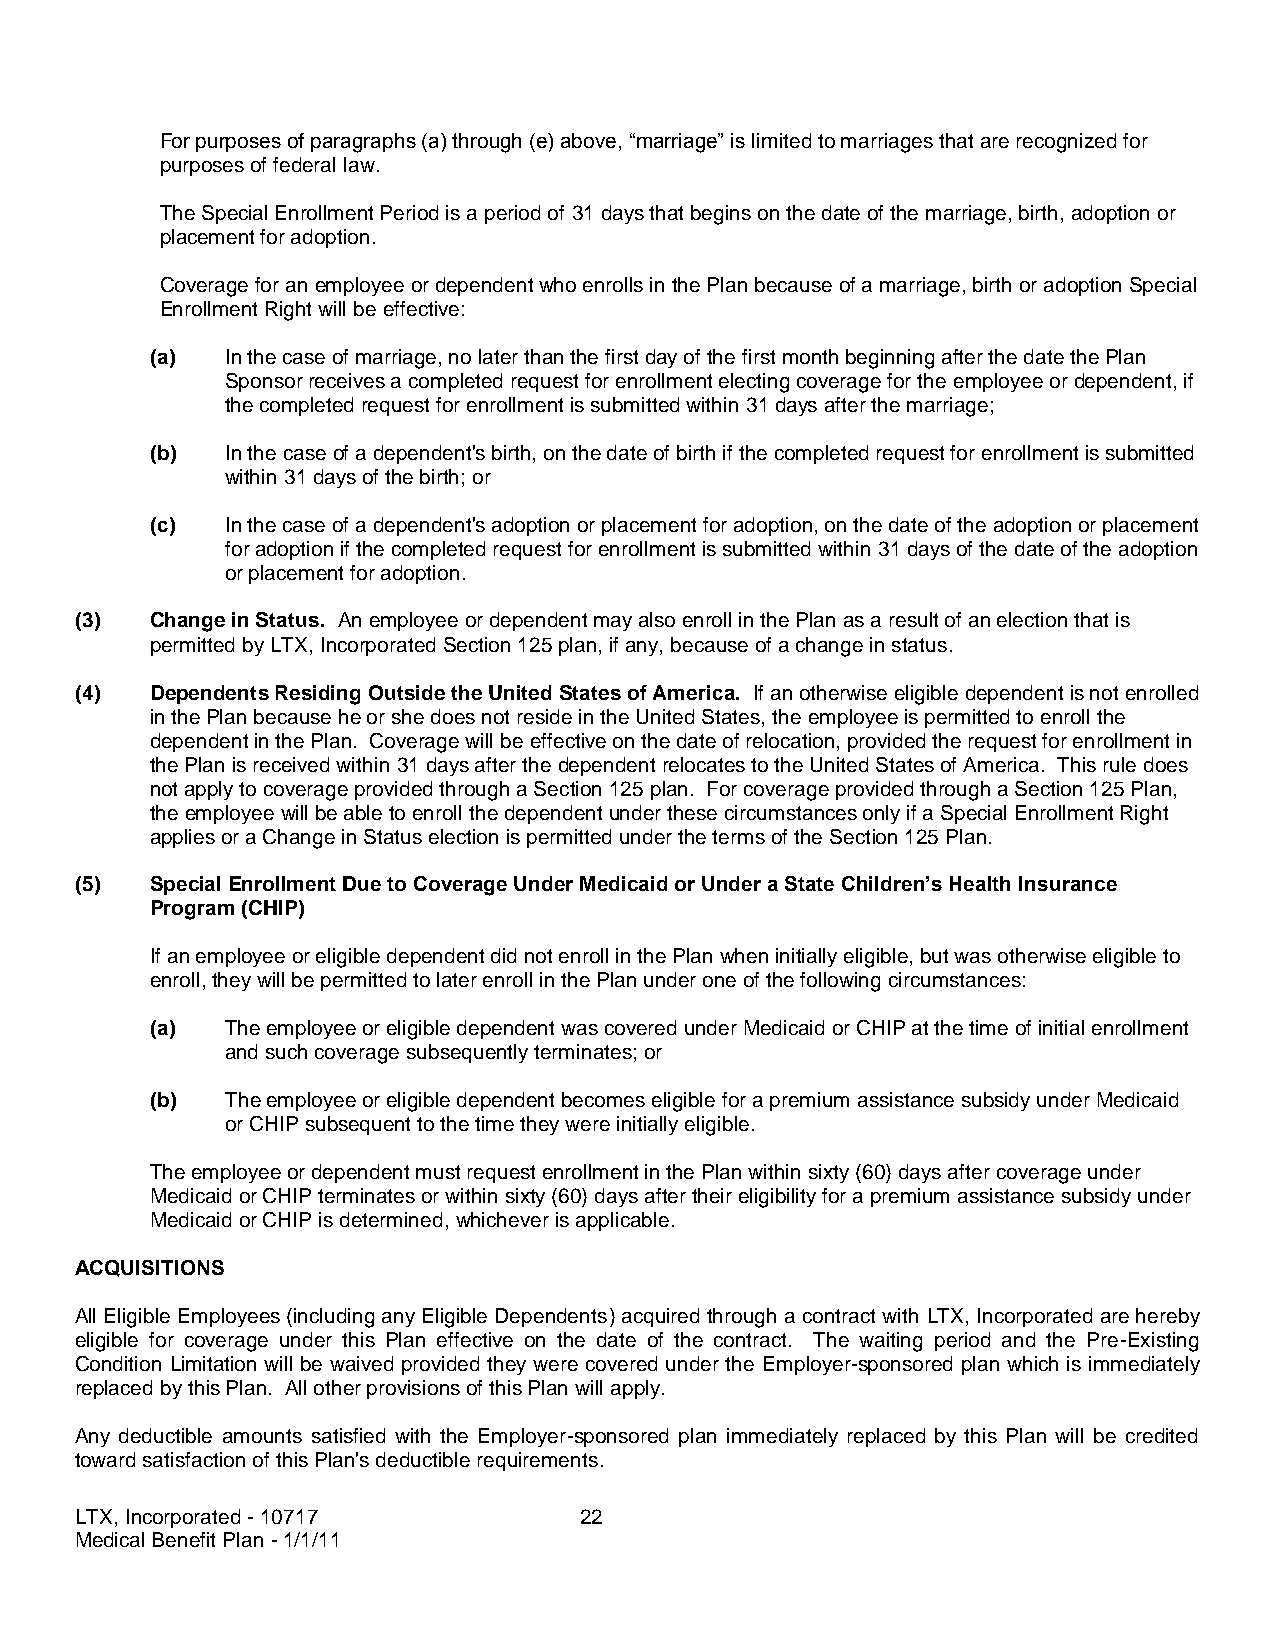
For purposes of paragraphs (a) through (e) above, “marriage” is limited to marriages that are recognized for
 purposes of federal law.
 The Special Enrollment Period is a period of 31 days that begins on the date of the marriage, birth, adoption or
 placement for adoption.
 Coverage for an employee or dependent who enrolls in the Plan because of a marriage, birth or adoption Special
 Enrollment Right will be effective:
 (a)  In the case of marriage, no later than the first day of the first month beginning after the date the Plan
 Sponsor receives a completed request for enrollment electing coverage for the employee or dependent, if
 the completed request for enrollment is submitted within 31 days after the marriage;
 (b)  In the case of a dependent's birth, on the date of birth if the completed request for enrollment is submitted
 within 31 days of the birth; or
 (c)  In the case of a dependent's adoption or placement for adoption, on the date of the adoption or placement
 for adoption if the completed request for enrollment is submitted within 31 days of the date of the adoption
 or placement for adoption.
 (3)  Change in Status. An employee or dependent may also enroll in the Plan as a result of an election that is
 permitted by LTX, Incorporated Section 125 plan, if any, because of a change in status.
 (4)  Dependents Residing Outside the United States of America. If an otherwise eligible dependent is not enrolled
 in the Plan because he or she does not reside in the United States, the employee is permitted to enroll the
 dependent in the Plan. Coverage will be effective on the date of relocation, provided the request for enrollment in
 the Plan is received within 31 days after the dependent relocates to the United States of America. This rule does
 not apply to coverage provided through a Section 125 plan. For coverage provided through a Section 125 Plan,
 the employee will be able to enroll the dependent under these circumstances only if a Special Enrollment Right
 applies or a Change in Status election is permitted under the terms of the Section 125 Plan.
 (5)  Special Enrollment Due to Coverage Under Medicaid or Under a State Children’s Health Insurance
 Program (CHIP)
 If an employee or eligible dependent did not enroll in the Plan when initially eligible, but was otherwise eligible to
 enroll, they will be permitted to later enroll in the Plan under one of the following circumstances:
 (a)  The employee or eligible dependent was covered under Medicaid or CHIP at the time of initial enrollment
 and such coverage subsequently terminates; or
 (b)  The employee or eligible dependent becomes eligible for a premium assistance subsidy under Medicaid
 or CHIP subsequent to the time they were initially eligible.
 The employee or dependent must request enrollment in the Plan within sixty (60) days after coverage under
 Medicaid or CHIP terminates or within sixty (60) days after their eligibility for a premium assistance subsidy under
 Medicaid or CHIP is determined, whichever is applicable.
 ACQUISITIONS
 All Eligible Employees (including any Eligible Dependents) acquired through a contract with LTX, Incorporated are hereby
 eligible for coverage under this Plan effective on the date of the contract. The waiting period and the Pre-Existing
 Condition Limitation will be waived provided they were covered under the Employer-sponsored plan which is immediately
 replaced by this Plan. All other provisions of this Plan will apply.
 Any deductible amounts satisfied with the Employer-sponsored plan immediately replaced by this Plan will be credited
 toward satisfaction of this Plan's deductible requirements.
 LTX, Incorporated - 10717        22
 Medical Benefit Plan - 1/1/11